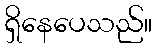
ရှိနေပေသည်။